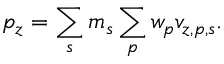
p _ { z } = \sum _ { s } m _ { s } \sum _ { p } w _ { p } v _ { z , p , s } .